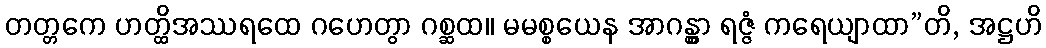
တတ္တကေ ဟတ္ထိအဿရထေ ဂဟေတွာ ဂစ္ဆထ။ မမစ္စယေန အာဂန္တွာ ရဇ္ဇံ ကရေယျာထာ”တိ, အဋ္ဌဟိ